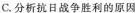
C.分析抗日战争胜利的原因